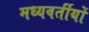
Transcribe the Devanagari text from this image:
मध्यवर्तीयों